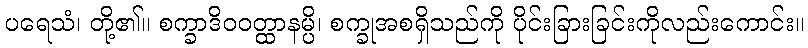
ပရေသံ၊ တို့၏။ စက္ခာဒိဝဝတ္ထာနမ္ပိ၊ စက္ခုအစရှိသည်ကို ပိုင်းခြားခြင်းကိုလည်းကောင်း။